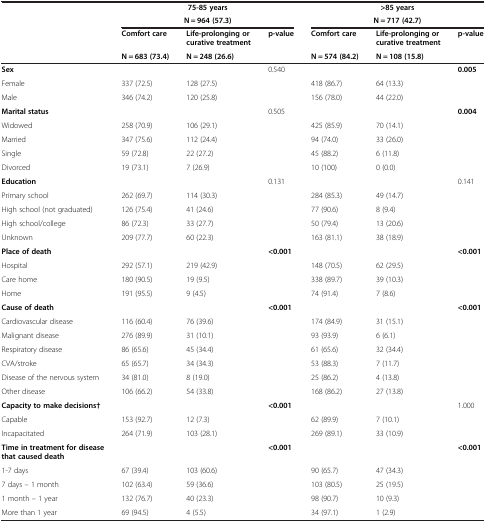
<table><thead><tr><td rowspan="2">[EMPTY_CELL]</td><td colspan="3"><b>75-85 years</b></td><td colspan="3"><b>&gt;85 years</b></td></tr><tr><td colspan="3"><b>N = 964 (57.3)</b></td><td colspan="3"><b>N = 717 (42.7)</b></td></tr><tr><td rowspan="2">[EMPTY_CELL]</td><td><b>Comfort care</b></td><td><b>Life-prolonging or curative treatment</b></td><td rowspan="2"><b>p-value</b></td><td><b>Comfort care</b></td><td><b>Life-prolonging or curative treatment</b></td><td rowspan="2"><b>p-value</b></td></tr><tr><td><b>N = 683 (73.4)</b></td><td><b>N = 248 (26.6)</b></td><td><b>N = 574 (84.2)</b></td><td><b>N = 108 (15.8)</b></td></tr></thead><tbody><tr><td><b>Sex</b></td><td>[EMPTY_CELL]</td><td>[EMPTY_CELL]</td><td>0.540</td><td>[EMPTY_CELL]</td><td>[EMPTY_CELL]</td><td><b>0.005</b></td></tr><tr><td>Female</td><td>337 (72.5)</td><td>128 (27.5)</td><td>[EMPTY_CELL]</td><td>418 (86.7)</td><td>64 (13.3)</td><td>[EMPTY_CELL]</td></tr><tr><td>Male</td><td>346 (74.2)</td><td>120 (25.8)</td><td>[EMPTY_CELL]</td><td>156 (78.0)</td><td>44 (22.0)</td><td>[EMPTY_CELL]</td></tr><tr><td><b>Marital status</b></td><td>[EMPTY_CELL]</td><td>[EMPTY_CELL]</td><td>0.505</td><td>[EMPTY_CELL]</td><td>[EMPTY_CELL]</td><td><b>0.004</b></td></tr><tr><td>Widowed</td><td>258 (70.9)</td><td>106 (29.1)</td><td>[EMPTY_CELL]</td><td>425 (85.9)</td><td>70 (14.1)</td><td>[EMPTY_CELL]</td></tr><tr><td>Married</td><td>347 (75.6)</td><td>112 (24.4)</td><td>[EMPTY_CELL]</td><td>94 (74.0)</td><td>33 (26.0)</td><td>[EMPTY_CELL]</td></tr><tr><td>Single</td><td>59 (72.8)</td><td>22 (27.2)</td><td>[EMPTY_CELL]</td><td>45 (88.2)</td><td>6 (11.8)</td><td>[EMPTY_CELL]</td></tr><tr><td>Divorced</td><td>19 (73.1)</td><td>7 (26.9)</td><td>[EMPTY_CELL]</td><td>10 (100)</td><td>0 (0.0)</td><td>[EMPTY_CELL]</td></tr><tr><td><b>Education</b></td><td>[EMPTY_CELL]</td><td>[EMPTY_CELL]</td><td>0.131</td><td>[EMPTY_CELL]</td><td>[EMPTY_CELL]</td><td>0.141</td></tr><tr><td>Primary school</td><td>262 (69.7)</td><td>114 (30.3)</td><td>[EMPTY_CELL]</td><td>284 (85.3)</td><td>49 (14.7)</td><td>[EMPTY_CELL]</td></tr><tr><td>High school (not graduated)</td><td>126 (75.4)</td><td>41 (24.6)</td><td>[EMPTY_CELL]</td><td>77 (90.6)</td><td>8 (9.4)</td><td>[EMPTY_CELL]</td></tr><tr><td>High school/college</td><td>86 (72.3)</td><td>33 (27.7)</td><td>[EMPTY_CELL]</td><td>50 (79.4)</td><td>13 (20.6)</td><td>[EMPTY_CELL]</td></tr><tr><td>Unknown</td><td>209 (77.7)</td><td>60 (22.3)</td><td>[EMPTY_CELL]</td><td>163 (81.1)</td><td>38 (18.9)</td><td>[EMPTY_CELL]</td></tr><tr><td><b>Place of death</b></td><td>[EMPTY_CELL]</td><td>[EMPTY_CELL]</td><td><b>&lt;0.001</b></td><td>[EMPTY_CELL]</td><td>[EMPTY_CELL]</td><td><b>&lt;0.001</b></td></tr><tr><td>Hospital</td><td>292 (57.1)</td><td>219 (42.9)</td><td>[EMPTY_CELL]</td><td>148 (70.5)</td><td>62 (29.5)</td><td>[EMPTY_CELL]</td></tr><tr><td>Care home</td><td>180 (90.5)</td><td>19 (9.5)</td><td>[EMPTY_CELL]</td><td>338 (89.7)</td><td>39 (10.3)</td><td>[EMPTY_CELL]</td></tr><tr><td>Home</td><td>191 (95.5)</td><td>9 (4.5)</td><td>[EMPTY_CELL]</td><td>74 (91.4)</td><td>7 (8.6)</td><td>[EMPTY_CELL]</td></tr><tr><td><b>Cause of death</b></td><td>[EMPTY_CELL]</td><td>[EMPTY_CELL]</td><td><b>&lt;0.001</b></td><td>[EMPTY_CELL]</td><td>[EMPTY_CELL]</td><td><b>&lt;0.001</b></td></tr><tr><td>Cardiovascular disease</td><td>116 (60.4)</td><td>76 (39.6)</td><td>[EMPTY_CELL]</td><td>174 (84.9)</td><td>31 (15.1)</td><td>[EMPTY_CELL]</td></tr><tr><td>Malignant disease</td><td>276 (89.9)</td><td>31 (10.1)</td><td>[EMPTY_CELL]</td><td>93 (93.9)</td><td>6 (6.1)</td><td>[EMPTY_CELL]</td></tr><tr><td>Respiratory disease</td><td>86 (65.6)</td><td>45 (34.4)</td><td>[EMPTY_CELL]</td><td>61 (65.6)</td><td>32 (34.4)</td><td>[EMPTY_CELL]</td></tr><tr><td>CVA/stroke</td><td>65 (65.7)</td><td>34 (34.3)</td><td>[EMPTY_CELL]</td><td>53 (88.3)</td><td>7 (11.7)</td><td>[EMPTY_CELL]</td></tr><tr><td>Disease of the nervous system</td><td>34 (81.0)</td><td>8 (19.0)</td><td>[EMPTY_CELL]</td><td>25 (86.2)</td><td>4 (13.8)</td><td>[EMPTY_CELL]</td></tr><tr><td>Other disease</td><td>106 (66.2)</td><td>54 (33.8)</td><td>[EMPTY_CELL]</td><td>168 (86.2)</td><td>27 (13.8)</td><td>[EMPTY_CELL]</td></tr><tr><td><b>Capacity to make decisions†</b></td><td>[EMPTY_CELL]</td><td>[EMPTY_CELL]</td><td><b>&lt;0.001</b></td><td>[EMPTY_CELL]</td><td>[EMPTY_CELL]</td><td>1.000</td></tr><tr><td>Capable</td><td>153 (92.7)</td><td>12 (7.3)</td><td>[EMPTY_CELL]</td><td>62 (89.9)</td><td>7 (10.1)</td><td>[EMPTY_CELL]</td></tr><tr><td>Incapacitated</td><td>264 (71.9)</td><td>103 (28.1)</td><td>[EMPTY_CELL]</td><td>269 (89.1)</td><td>33 (10.9)</td><td>[EMPTY_CELL]</td></tr><tr><td><b>Time in treatment for disease that caused death</b></td><td>[EMPTY_CELL]</td><td>[EMPTY_CELL]</td><td><b>&lt;0.001</b></td><td>[EMPTY_CELL]</td><td>[EMPTY_CELL]</td><td><b>&lt;0.001</b></td></tr><tr><td>1-7 days</td><td>67 (39.4)</td><td>103 (60.6)</td><td>[EMPTY_CELL]</td><td>90 (65.7)</td><td>47 (34.3)</td><td>[EMPTY_CELL]</td></tr><tr><td>7 days – 1 month</td><td>102 (63.4)</td><td>59 (36.6)</td><td>[EMPTY_CELL]</td><td>103 (80.5)</td><td>25 (19.5)</td><td>[EMPTY_CELL]</td></tr><tr><td>1 month – 1 year</td><td>132 (76.7)</td><td>40 (23.3)</td><td>[EMPTY_CELL]</td><td>98 (90.7)</td><td>10 (9.3)</td><td>[EMPTY_CELL]</td></tr><tr><td>More than 1 year</td><td>69 (94.5)</td><td>4 (5.5)</td><td>[EMPTY_CELL]</td><td>34 (97.1)</td><td>1 (2.9)</td><td>[EMPTY_CELL]</td></tr></tbody></table>